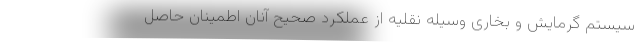
سیستم گرمایش و بخاری وسیله نقلیه از عملکرد صحیح آنان اطمینان حاصل